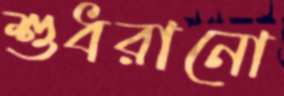
শুধরানো